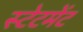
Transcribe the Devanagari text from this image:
स्‍टेटमेंट